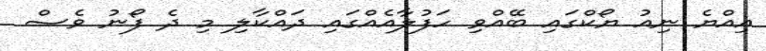
އިއްޔެ ނިއު ޔޯކްގައި ބޭއްވި ހަފުލާއެއްގައި ދައްކާލި މި ދެ ފޯނު ވެސް